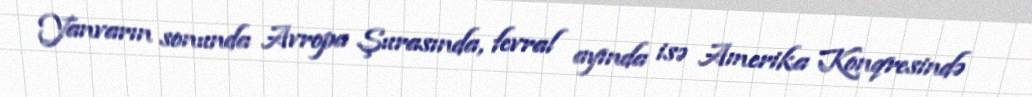
Yanvarın sonunda Avropa Şurasında, fevral ayında isə Amerika Konqresində